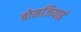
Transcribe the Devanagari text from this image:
बोमजियाई